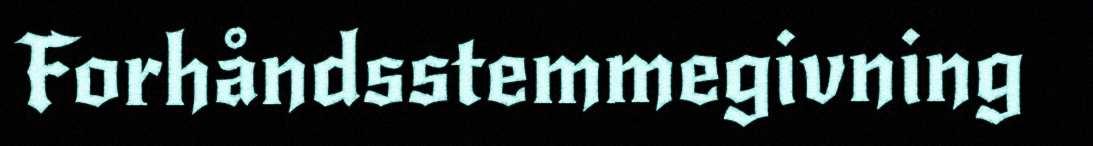
Forhåndsstemmegivning